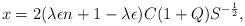
LaTeX: \begin{align*}x = 2 (\lambda \epsilon n + 1 - \lambda \epsilon) C (1+Q) S^{-\frac12},\end{align*}